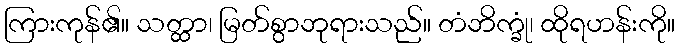
ကြားကုန်၏။ သတ္ထာ၊ မြတ်စွာဘုရားသည်။ တံဘိက္ခုံ၊ ထိုရဟန်းကို။